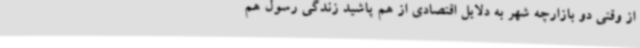
از وقتی دو بازارچه شهر به دلایل اقتصادی از هم پاشید زندگی رسول هم